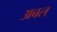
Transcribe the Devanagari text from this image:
अबल